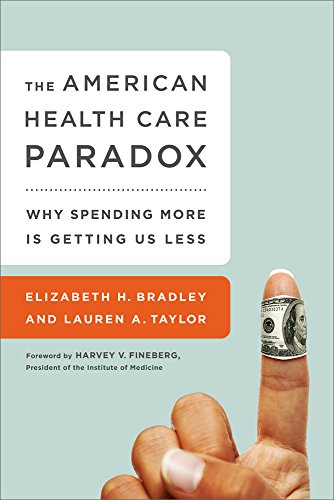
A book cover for The American Health Care Paradox: Why Spending More is Getting Us Less; Elizabeth H. Bradley; Medical Books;